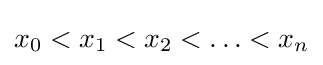
x_{0}<x_{1}<x_{2}<\ldots <x_{n}